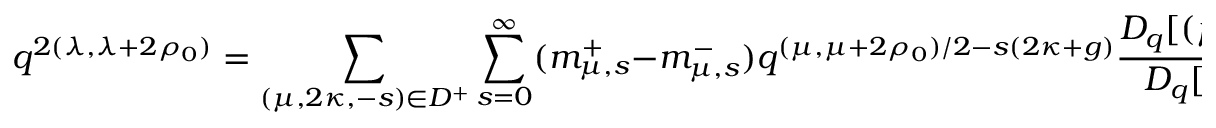
q ^ { 2 ( \lambda , \lambda + 2 \rho _ { 0 } ) } = \sum _ { ( \mu , 2 \kappa , - s ) \in D ^ { + } } \sum _ { s = 0 } ^ { \infty } ( m _ { \mu , s } ^ { + } - m _ { \mu , s } ^ { - } ) q ^ { ( \mu , \mu + 2 \rho _ { 0 } ) / 2 - s ( 2 \kappa + g ) } \frac { D _ { q } [ ( \mu , 2 \kappa , - s ) ] } { D _ { q } [ ( \lambda , \kappa , 0 ) ] }